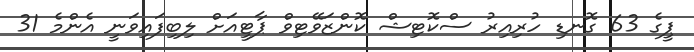
ޕީގެ 63 ގޮނޑި ހުރިއިރު ސްކޮޓިޝް ކޮންޒަވޭޓިވް ޕާޓީއަށް ލިބިފައިވަނީ އެންމެ 31